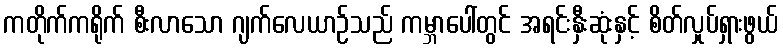
ကတိုက်ကရိုက် စီးလာသော ဂျက်လေယာဉ်သည် ကမ္ဘာပေါ်တွင် အရင်းနှီးဆုံးနှင့် စိတ်လှုပ်ရှားဖွယ်